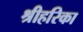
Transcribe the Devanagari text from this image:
श्रीहरिका